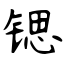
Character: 锶